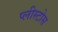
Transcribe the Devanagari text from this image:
प्लीस्टोस